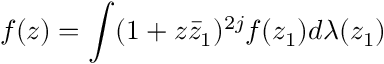
f ( z ) = \int ( 1 + z \bar { z } _ { 1 } ) ^ { 2 j } f ( z _ { 1 } ) d \lambda ( z _ { 1 } )